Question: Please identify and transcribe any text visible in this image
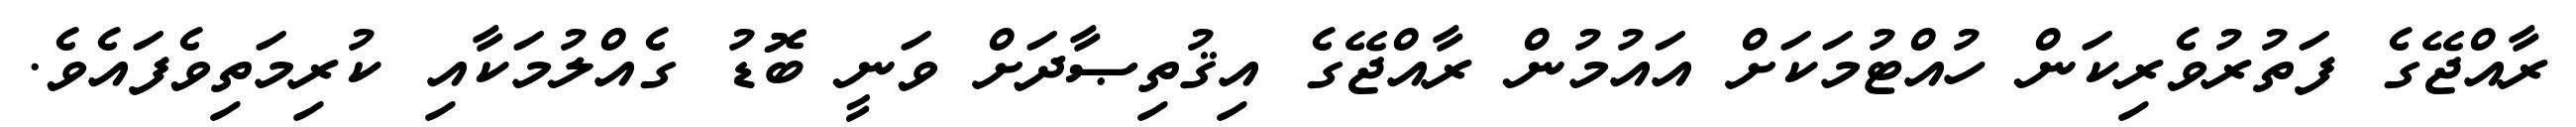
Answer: ރާއްޖޭގެ ފަތުރުވެރިކަން ހުއްޓުމަކަށް އައުމުން ރާއްޖޭގެ އިޤުތިޞާދަށް ވަނީ ބޮޑު ގެއްލުމަކާއި ކުރިމަތިވެފައެވެ.